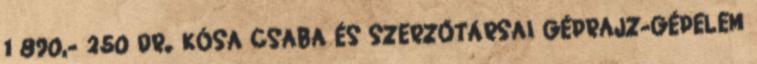
1 890,- 250 DR. KÓSA CSABA ÉS SZERZŐTÁRSAI GÉPRAJZ-GÉPELEM